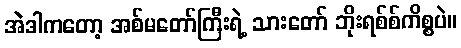
အဲဒါကတော့ အစ်မတော်ကြီးရဲ့ သားတော် ဘိုးရစ်စ်ကိစ္စပဲ။